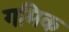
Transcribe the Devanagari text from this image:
गमिक